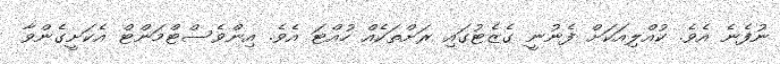
ނުފެނެ އެވެ. ކުއްލިއަކަށް ފެނުނީ ގެޒެޓުގައި ރަށްތަކެއް ހުއްޓަ އެވެ. އިންވެސްޓްމަންޓް އެކަށީގެންވާ